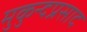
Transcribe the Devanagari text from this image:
मुकुन्दप्रसाद